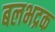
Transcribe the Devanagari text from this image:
बलभद्रक